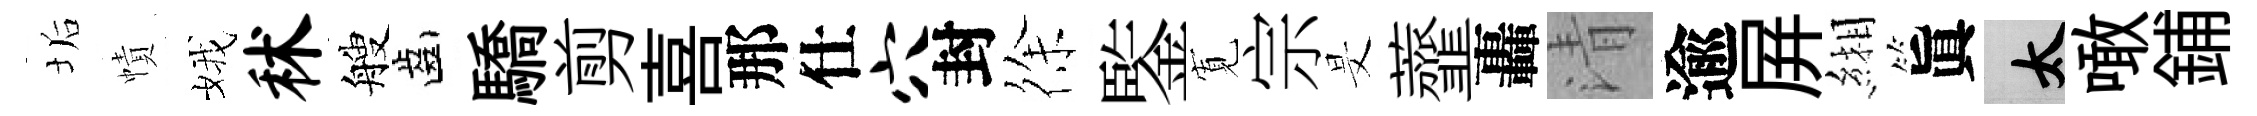
垢幘娥秫艘齒驕剪喜那仕穴封徐鍳𡩖宗旻虀轟清逾屛緗眞太噉鋪